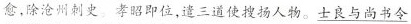
愈，除沧州刺史。孝昭即位，遣三道使搜扬人物。\underline{士良与尚书令}